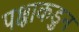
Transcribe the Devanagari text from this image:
पक्षाकडुन